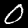
Label: 0